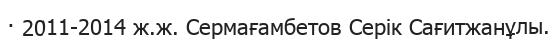
· 2011-2014 ж.ж. Сермағамбетов Серік Сағитжанұлы.